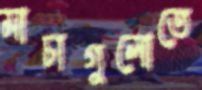
মাচাগুলোতে